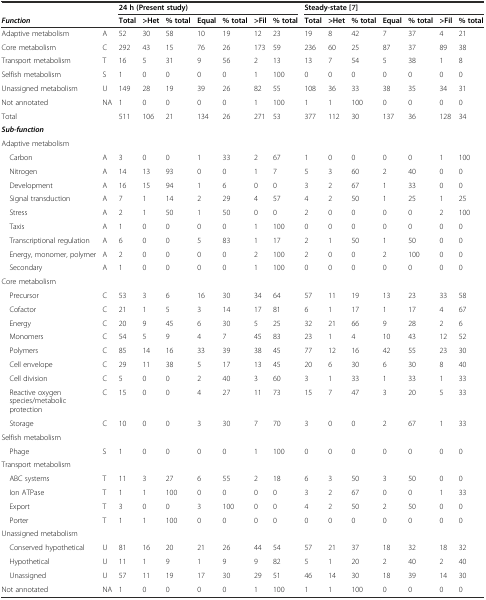
<table><thead><tr><td>[EMPTY_CELL]</td><td>[EMPTY_CELL]</td><td colspan="7"><b>24 h (Present study)</b></td><td colspan="7"><b>Steady-state[7]</b></td></tr><tr><td><b><i>Function</i></b></td><td>[EMPTY_CELL]</td><td><b>Total</b></td><td><b>&gt;Het</b></td><td><b>% total</b></td><td><b>Equal</b></td><td><b>% total</b></td><td><b>&gt;Fil</b></td><td><b>% total</b></td><td><b>Total</b></td><td><b>&gt;Het</b></td><td><b>% total</b></td><td><b>Equal</b></td><td><b>% total</b></td><td><b>&gt;Fil</b></td><td><b>% total</b></td></tr></thead><tbody><tr><td>Adaptive metabolism</td><td>A</td><td>52</td><td>30</td><td>58</td><td>10</td><td>19</td><td>12</td><td>23</td><td>19</td><td>8</td><td>42</td><td>7</td><td>37</td><td>4</td><td>21</td></tr><tr><td>Core metabolism</td><td>C</td><td>292</td><td>43</td><td>15</td><td>76</td><td>26</td><td>173</td><td>59</td><td>236</td><td>60</td><td>25</td><td>87</td><td>37</td><td>89</td><td>38</td></tr><tr><td>Transport metabolism</td><td>T</td><td>16</td><td>5</td><td>31</td><td>9</td><td>56</td><td>2</td><td>13</td><td>13</td><td>7</td><td>54</td><td>5</td><td>38</td><td>1</td><td>8</td></tr><tr><td>Selfish metabolism</td><td>S</td><td>1</td><td>0</td><td>0</td><td>0</td><td>0</td><td>1</td><td>100</td><td>0</td><td>0</td><td>0</td><td>0</td><td>0</td><td>0</td><td>0</td></tr><tr><td>Unassigned metabolism</td><td>U</td><td>149</td><td>28</td><td>19</td><td>39</td><td>26</td><td>82</td><td>55</td><td>108</td><td>36</td><td>33</td><td>38</td><td>35</td><td>34</td><td>31</td></tr><tr><td>Not annotated</td><td>NA</td><td>1</td><td>0</td><td>0</td><td>0</td><td>0</td><td>1</td><td>100</td><td>1</td><td>1</td><td>100</td><td>0</td><td>0</td><td>0</td><td>0</td></tr><tr><td>Total</td><td>[EMPTY_CELL]</td><td>511</td><td>106</td><td>21</td><td>134</td><td>26</td><td>271</td><td>53</td><td>377</td><td>112</td><td>30</td><td>137</td><td>36</td><td>128</td><td>34</td></tr><tr><td><b><i>Sub-function</i></b></td><td>[EMPTY_CELL]</td><td>[EMPTY_CELL]</td><td>[EMPTY_CELL]</td><td>[EMPTY_CELL]</td><td>[EMPTY_CELL]</td><td>[EMPTY_CELL]</td><td>[EMPTY_CELL]</td><td>[EMPTY_CELL]</td><td>[EMPTY_CELL]</td><td>[EMPTY_CELL]</td><td>[EMPTY_CELL]</td><td>[EMPTY_CELL]</td><td>[EMPTY_CELL]</td><td>[EMPTY_CELL]</td><td>[EMPTY_CELL]</td></tr><tr><td>Adaptive metabolism</td><td>[EMPTY_CELL]</td><td>[EMPTY_CELL]</td><td>[EMPTY_CELL]</td><td>[EMPTY_CELL]</td><td>[EMPTY_CELL]</td><td>[EMPTY_CELL]</td><td>[EMPTY_CELL]</td><td>[EMPTY_CELL]</td><td>[EMPTY_CELL]</td><td>[EMPTY_CELL]</td><td>[EMPTY_CELL]</td><td>[EMPTY_CELL]</td><td>[EMPTY_CELL]</td><td>[EMPTY_CELL]</td><td>[EMPTY_CELL]</td></tr><tr><td> Carbon</td><td>A</td><td>3</td><td>0</td><td>0</td><td>1</td><td>33</td><td>2</td><td>67</td><td>1</td><td>0</td><td>0</td><td>0</td><td>0</td><td>1</td><td>100</td></tr><tr><td> Nitrogen</td><td>A</td><td>14</td><td>13</td><td>93</td><td>0</td><td>0</td><td>1</td><td>7</td><td>5</td><td>3</td><td>60</td><td>2</td><td>40</td><td>0</td><td>0</td></tr><tr><td> Development</td><td>A</td><td>16</td><td>15</td><td>94</td><td>1</td><td>6</td><td>0</td><td>0</td><td>3</td><td>2</td><td>67</td><td>1</td><td>33</td><td>0</td><td>0</td></tr><tr><td> Signal transduction</td><td>A</td><td>7</td><td>1</td><td>14</td><td>2</td><td>29</td><td>4</td><td>57</td><td>4</td><td>2</td><td>50</td><td>1</td><td>25</td><td>1</td><td>25</td></tr><tr><td> Stress</td><td>A</td><td>2</td><td>1</td><td>50</td><td>1</td><td>50</td><td>0</td><td>0</td><td>2</td><td>0</td><td>0</td><td>0</td><td>0</td><td>2</td><td>100</td></tr><tr><td> Taxis</td><td>A</td><td>1</td><td>0</td><td>0</td><td>0</td><td>0</td><td>1</td><td>100</td><td>0</td><td>0</td><td>0</td><td>0</td><td>0</td><td>0</td><td>0</td></tr><tr><td> Transcriptional regulation</td><td>A</td><td>6</td><td>0</td><td>0</td><td>5</td><td>83</td><td>1</td><td>17</td><td>2</td><td>1</td><td>50</td><td>1</td><td>50</td><td>0</td><td>0</td></tr><tr><td> Energy, monomer, polymer</td><td>A</td><td>2</td><td>0</td><td>0</td><td>0</td><td>0</td><td>2</td><td>100</td><td>2</td><td>0</td><td>0</td><td>2</td><td>100</td><td>0</td><td>0</td></tr><tr><td> Secondary</td><td>A</td><td>1</td><td>0</td><td>0</td><td>0</td><td>0</td><td>1</td><td>100</td><td>0</td><td>0</td><td>0</td><td>0</td><td>0</td><td>0</td><td>0</td></tr><tr><td>Core metabolism</td><td>[EMPTY_CELL]</td><td>[EMPTY_CELL]</td><td>[EMPTY_CELL]</td><td>[EMPTY_CELL]</td><td>[EMPTY_CELL]</td><td>[EMPTY_CELL]</td><td>[EMPTY_CELL]</td><td>[EMPTY_CELL]</td><td>[EMPTY_CELL]</td><td>[EMPTY_CELL]</td><td>[EMPTY_CELL]</td><td>[EMPTY_CELL]</td><td>[EMPTY_CELL]</td><td>[EMPTY_CELL]</td><td>[EMPTY_CELL]</td></tr><tr><td> Precursor</td><td>C</td><td>53</td><td>3</td><td>6</td><td>16</td><td>30</td><td>34</td><td>64</td><td>57</td><td>11</td><td>19</td><td>13</td><td>23</td><td>33</td><td>58</td></tr><tr><td> Cofactor</td><td>C</td><td>21</td><td>1</td><td>5</td><td>3</td><td>14</td><td>17</td><td>81</td><td>6</td><td>1</td><td>17</td><td>1</td><td>17</td><td>4</td><td>67</td></tr><tr><td> Energy</td><td>C</td><td>20</td><td>9</td><td>45</td><td>6</td><td>30</td><td>5</td><td>25</td><td>32</td><td>21</td><td>66</td><td>9</td><td>28</td><td>2</td><td>6</td></tr><tr><td> Monomers</td><td>C</td><td>54</td><td>5</td><td>9</td><td>4</td><td>7</td><td>45</td><td>83</td><td>23</td><td>1</td><td>4</td><td>10</td><td>43</td><td>12</td><td>52</td></tr><tr><td> Polymers</td><td>C</td><td>85</td><td>14</td><td>16</td><td>33</td><td>39</td><td>38</td><td>45</td><td>77</td><td>12</td><td>16</td><td>42</td><td>55</td><td>23</td><td>30</td></tr><tr><td> Cell envelope</td><td>C</td><td>29</td><td>11</td><td>38</td><td>5</td><td>17</td><td>13</td><td>45</td><td>20</td><td>6</td><td>30</td><td>6</td><td>30</td><td>8</td><td>40</td></tr><tr><td> Cell division</td><td>C</td><td>5</td><td>0</td><td>0</td><td>2</td><td>40</td><td>3</td><td>60</td><td>3</td><td>1</td><td>33</td><td>1</td><td>33</td><td>1</td><td>33</td></tr><tr><td> Reactive oxygen species/metabolic protection</td><td>C</td><td>15</td><td>0</td><td>0</td><td>4</td><td>27</td><td>11</td><td>73</td><td>15</td><td>7</td><td>47</td><td>3</td><td>20</td><td>5</td><td>33</td></tr><tr><td> Storage</td><td>C</td><td>10</td><td>0</td><td>0</td><td>3</td><td>30</td><td>7</td><td>70</td><td>3</td><td>0</td><td>0</td><td>2</td><td>67</td><td>1</td><td>33</td></tr><tr><td>Selfish metabolism</td><td>[EMPTY_CELL]</td><td>[EMPTY_CELL]</td><td>[EMPTY_CELL]</td><td>[EMPTY_CELL]</td><td>[EMPTY_CELL]</td><td>[EMPTY_CELL]</td><td>[EMPTY_CELL]</td><td>[EMPTY_CELL]</td><td>[EMPTY_CELL]</td><td>[EMPTY_CELL]</td><td>[EMPTY_CELL]</td><td>[EMPTY_CELL]</td><td>[EMPTY_CELL]</td><td>[EMPTY_CELL]</td><td>[EMPTY_CELL]</td></tr><tr><td> Phage</td><td>S</td><td>1</td><td>0</td><td>0</td><td>0</td><td>0</td><td>1</td><td>100</td><td>0</td><td>0</td><td>0</td><td>0</td><td>0</td><td>0</td><td>0</td></tr><tr><td>Transport metabolism</td><td>[EMPTY_CELL]</td><td>[EMPTY_CELL]</td><td>[EMPTY_CELL]</td><td>[EMPTY_CELL]</td><td>[EMPTY_CELL]</td><td>[EMPTY_CELL]</td><td>[EMPTY_CELL]</td><td>[EMPTY_CELL]</td><td>[EMPTY_CELL]</td><td>[EMPTY_CELL]</td><td>[EMPTY_CELL]</td><td>[EMPTY_CELL]</td><td>[EMPTY_CELL]</td><td>[EMPTY_CELL]</td><td>[EMPTY_CELL]</td></tr><tr><td> ABC systems</td><td>T</td><td>11</td><td>3</td><td>27</td><td>6</td><td>55</td><td>2</td><td>18</td><td>6</td><td>3</td><td>50</td><td>3</td><td>50</td><td>0</td><td>0</td></tr><tr><td> Ion ATPase</td><td>T</td><td>1</td><td>1</td><td>100</td><td>0</td><td>0</td><td>0</td><td>0</td><td>3</td><td>2</td><td>67</td><td>0</td><td>0</td><td>1</td><td>33</td></tr><tr><td> Export</td><td>T</td><td>3</td><td>0</td><td>0</td><td>3</td><td>100</td><td>0</td><td>0</td><td>4</td><td>2</td><td>50</td><td>2</td><td>50</td><td>0</td><td>0</td></tr><tr><td> Porter</td><td>T</td><td>1</td><td>1</td><td>100</td><td>0</td><td>0</td><td>0</td><td>0</td><td>0</td><td>0</td><td>0</td><td>0</td><td>0</td><td>0</td><td>0</td></tr><tr><td>Unassigned metabolism</td><td>[EMPTY_CELL]</td><td>[EMPTY_CELL]</td><td>[EMPTY_CELL]</td><td>[EMPTY_CELL]</td><td>[EMPTY_CELL]</td><td>[EMPTY_CELL]</td><td>[EMPTY_CELL]</td><td>[EMPTY_CELL]</td><td>[EMPTY_CELL]</td><td>[EMPTY_CELL]</td><td>[EMPTY_CELL]</td><td>[EMPTY_CELL]</td><td>[EMPTY_CELL]</td><td>[EMPTY_CELL]</td><td>[EMPTY_CELL]</td></tr><tr><td> Conserved hypothetical</td><td>U</td><td>81</td><td>16</td><td>20</td><td>21</td><td>26</td><td>44</td><td>54</td><td>57</td><td>21</td><td>37</td><td>18</td><td>32</td><td>18</td><td>32</td></tr><tr><td> Hypothetical</td><td>U</td><td>11</td><td>1</td><td>9</td><td>1</td><td>9</td><td>9</td><td>82</td><td>5</td><td>1</td><td>20</td><td>2</td><td>40</td><td>2</td><td>40</td></tr><tr><td> Unassigned</td><td>U</td><td>57</td><td>11</td><td>19</td><td>17</td><td>30</td><td>29</td><td>51</td><td>46</td><td>14</td><td>30</td><td>18</td><td>39</td><td>14</td><td>30</td></tr><tr><td>Not annotated</td><td>NA</td><td>1</td><td>0</td><td>0</td><td>0</td><td>0</td><td>1</td><td>100</td><td>1</td><td>1</td><td>100</td><td>0</td><td>0</td><td>0</td><td>0</td></tr></tbody></table>